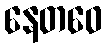
နေတဝေ